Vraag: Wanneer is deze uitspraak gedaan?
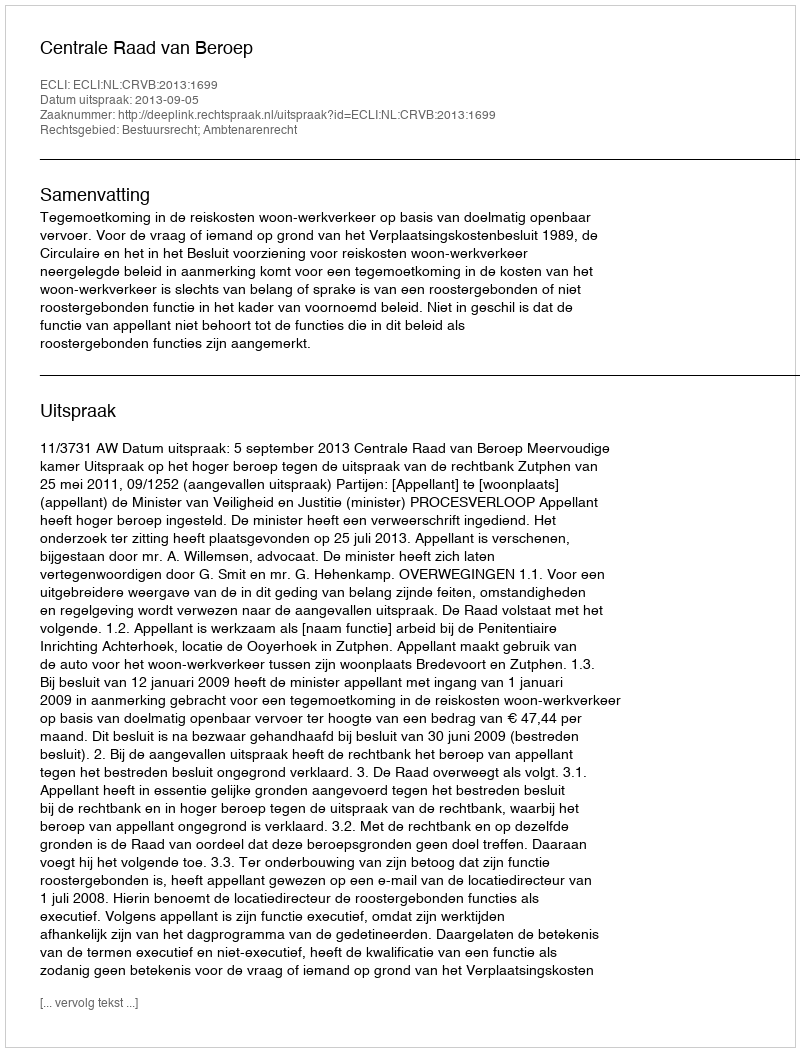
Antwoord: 2013-09-05